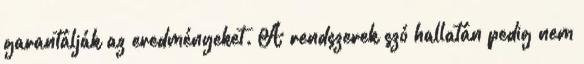
garantálják az eredményeket. A rendszerek szó hallatán pedig nem